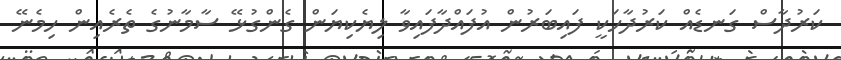
ކަރުދާސް ގަނޑެއް ކަރުދާހަކީ ފައިބަރުން އުފައްދާފައިވާ ލިޔެކިޔަން ގެންގުޅޭ ސާމާނުގެ ތެރެއިން ހިމެނޭ